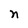
Character: n